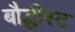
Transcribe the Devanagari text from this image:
बौद्धीस्ट